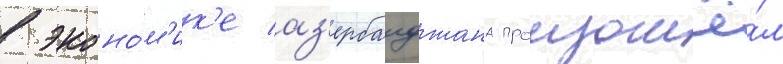
в эконо́м'ик'е аз'ербаиджана произошё́л